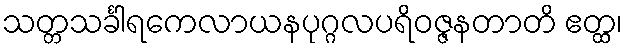
သတ္တသင်္ခါရကေလာယနပုဂ္ဂလပရိဝဇ္ဇနတာတိ ဧတ္ထ၊